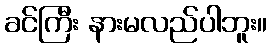
ခင်ကြီး နားမလည်ပါဘူး။